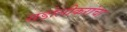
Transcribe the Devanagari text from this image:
सडोलीकरांचा